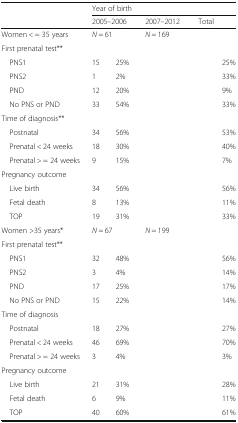
<table><thead><tr><td>[EMPTY_CELL]</td><td colspan="6"><b>Year of birth</b></td></tr><tr><td>[EMPTY_CELL]</td><td colspan="2"><b>2005–2006</b></td><td colspan="2"><b>2007–2012</b></td><td colspan="2"><b>Total</b></td></tr></thead><tbody><tr><td>Women &lt; = 35 years</td><td colspan="2"><i>N</i> = 61</td><td colspan="2"><i>N</i> = 169</td><td colspan="2">[EMPTY_CELL]</td></tr><tr><td colspan="7">First prenatal test**</td></tr><tr><td> PNS1</td><td>15</td><td>25%</td><td>[EMPTY_CELL]</td><td>[EMPTY_CELL]</td><td>[EMPTY_CELL]</td><td>25%</td></tr><tr><td> PNS2</td><td>1</td><td>2%</td><td>[EMPTY_CELL]</td><td>[EMPTY_CELL]</td><td>[EMPTY_CELL]</td><td>33%</td></tr><tr><td> PND</td><td>12</td><td>20%</td><td>[EMPTY_CELL]</td><td>[EMPTY_CELL]</td><td>[EMPTY_CELL]</td><td>9%</td></tr><tr><td> No PNS or PND</td><td>33</td><td>54%</td><td>[EMPTY_CELL]</td><td>[EMPTY_CELL]</td><td>[EMPTY_CELL]</td><td>33%</td></tr><tr><td colspan="7">Time of diagnosis**</td></tr><tr><td> Postnatal</td><td>34</td><td>56%</td><td>[EMPTY_CELL]</td><td>[EMPTY_CELL]</td><td>[EMPTY_CELL]</td><td>53%</td></tr><tr><td> Prenatal &lt; 24 weeks</td><td>18</td><td>30%</td><td>[EMPTY_CELL]</td><td>[EMPTY_CELL]</td><td>[EMPTY_CELL]</td><td>40%</td></tr><tr><td> Prenatal &gt; = 24 weeks</td><td>9</td><td>15%</td><td>[EMPTY_CELL]</td><td>[EMPTY_CELL]</td><td>[EMPTY_CELL]</td><td>7%</td></tr><tr><td colspan="7">Pregnancy outcome</td></tr><tr><td> Live birth</td><td>34</td><td>56%</td><td>[EMPTY_CELL]</td><td>[EMPTY_CELL]</td><td>[EMPTY_CELL]</td><td>56%</td></tr><tr><td> Fetal death</td><td>8</td><td>13%</td><td>[EMPTY_CELL]</td><td>[EMPTY_CELL]</td><td>[EMPTY_CELL]</td><td>11%</td></tr><tr><td> TOP</td><td>19</td><td>31%</td><td>[EMPTY_CELL]</td><td>[EMPTY_CELL]</td><td>[EMPTY_CELL]</td><td>33%</td></tr><tr><td>Women &gt;35 years*</td><td colspan="2"><i>N</i> = 67</td><td colspan="2"><i>N</i> = 199</td><td colspan="2">[EMPTY_CELL]</td></tr><tr><td colspan="7">First prenatal test**</td></tr><tr><td> PNS1</td><td>32</td><td>48%</td><td>[EMPTY_CELL]</td><td>[EMPTY_CELL]</td><td>[EMPTY_CELL]</td><td>56%</td></tr><tr><td> PNS2</td><td>3</td><td>4%</td><td>[EMPTY_CELL]</td><td>[EMPTY_CELL]</td><td>[EMPTY_CELL]</td><td>14%</td></tr><tr><td> PND</td><td>17</td><td>25%</td><td>[EMPTY_CELL]</td><td>[EMPTY_CELL]</td><td>[EMPTY_CELL]</td><td>17%</td></tr><tr><td> No PNS or PND</td><td>15</td><td>22%</td><td>[EMPTY_CELL]</td><td>[EMPTY_CELL]</td><td>[EMPTY_CELL]</td><td>14%</td></tr><tr><td colspan="7">Time of diagnosis</td></tr><tr><td> Postnatal</td><td>18</td><td>27%</td><td>[EMPTY_CELL]</td><td>[EMPTY_CELL]</td><td>[EMPTY_CELL]</td><td>27%</td></tr><tr><td> Prenatal &lt; 24 weeks</td><td>46</td><td>69%</td><td>[EMPTY_CELL]</td><td>[EMPTY_CELL]</td><td>[EMPTY_CELL]</td><td>70%</td></tr><tr><td> Prenatal &gt; = 24 weeks</td><td>3</td><td>4%</td><td>[EMPTY_CELL]</td><td>[EMPTY_CELL]</td><td>[EMPTY_CELL]</td><td>3%</td></tr><tr><td colspan="7">Pregnancy outcome</td></tr><tr><td> Live birth</td><td>21</td><td>31%</td><td>[EMPTY_CELL]</td><td>[EMPTY_CELL]</td><td>[EMPTY_CELL]</td><td>28%</td></tr><tr><td> Fetal death</td><td>6</td><td>9%</td><td>[EMPTY_CELL]</td><td>[EMPTY_CELL]</td><td>[EMPTY_CELL]</td><td>11%</td></tr><tr><td> TOP</td><td>40</td><td>60%</td><td>[EMPTY_CELL]</td><td>[EMPTY_CELL]</td><td>[EMPTY_CELL]</td><td>61%</td></tr></tbody></table>